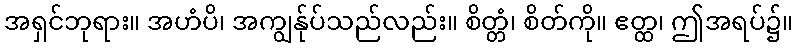
အရှင်ဘုရား။ အဟံပိ၊ အကျွန်ုပ်သည်လည်း။ စိတ္တံ၊ စိတ်ကို။ ဧတ္ထ၊ ဤအရပ်၌။